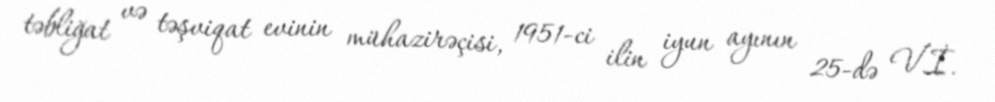
təbliğat və təşviqat evinin mühazirəçisi, 1951-ci ilin iyun ayının 25-də V.İ.